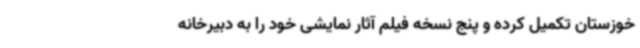
خوزستان تکمیل کرده و پنج نسخه فیلم آثار نمایشی خود را به دبیرخانه